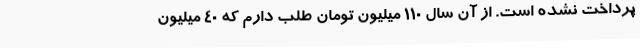
پرداخت نشده است. از آن سال 110 میلیون تومان طلب دارم که 40 میلیون